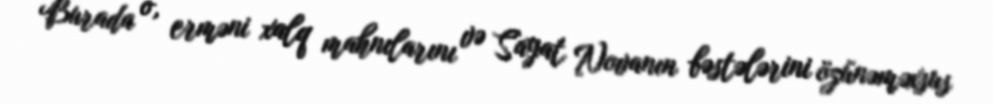
Burada o, erməni xalq mahnılarını və Sayat Novanın bəstələrini özünəməxsus